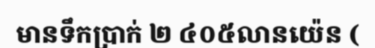
មានទឹកប្រាក់ ២ ៤០៥លានយ៉េន (